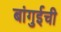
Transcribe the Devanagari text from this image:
बांगुईची